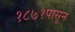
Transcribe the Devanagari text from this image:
१८७१पासून